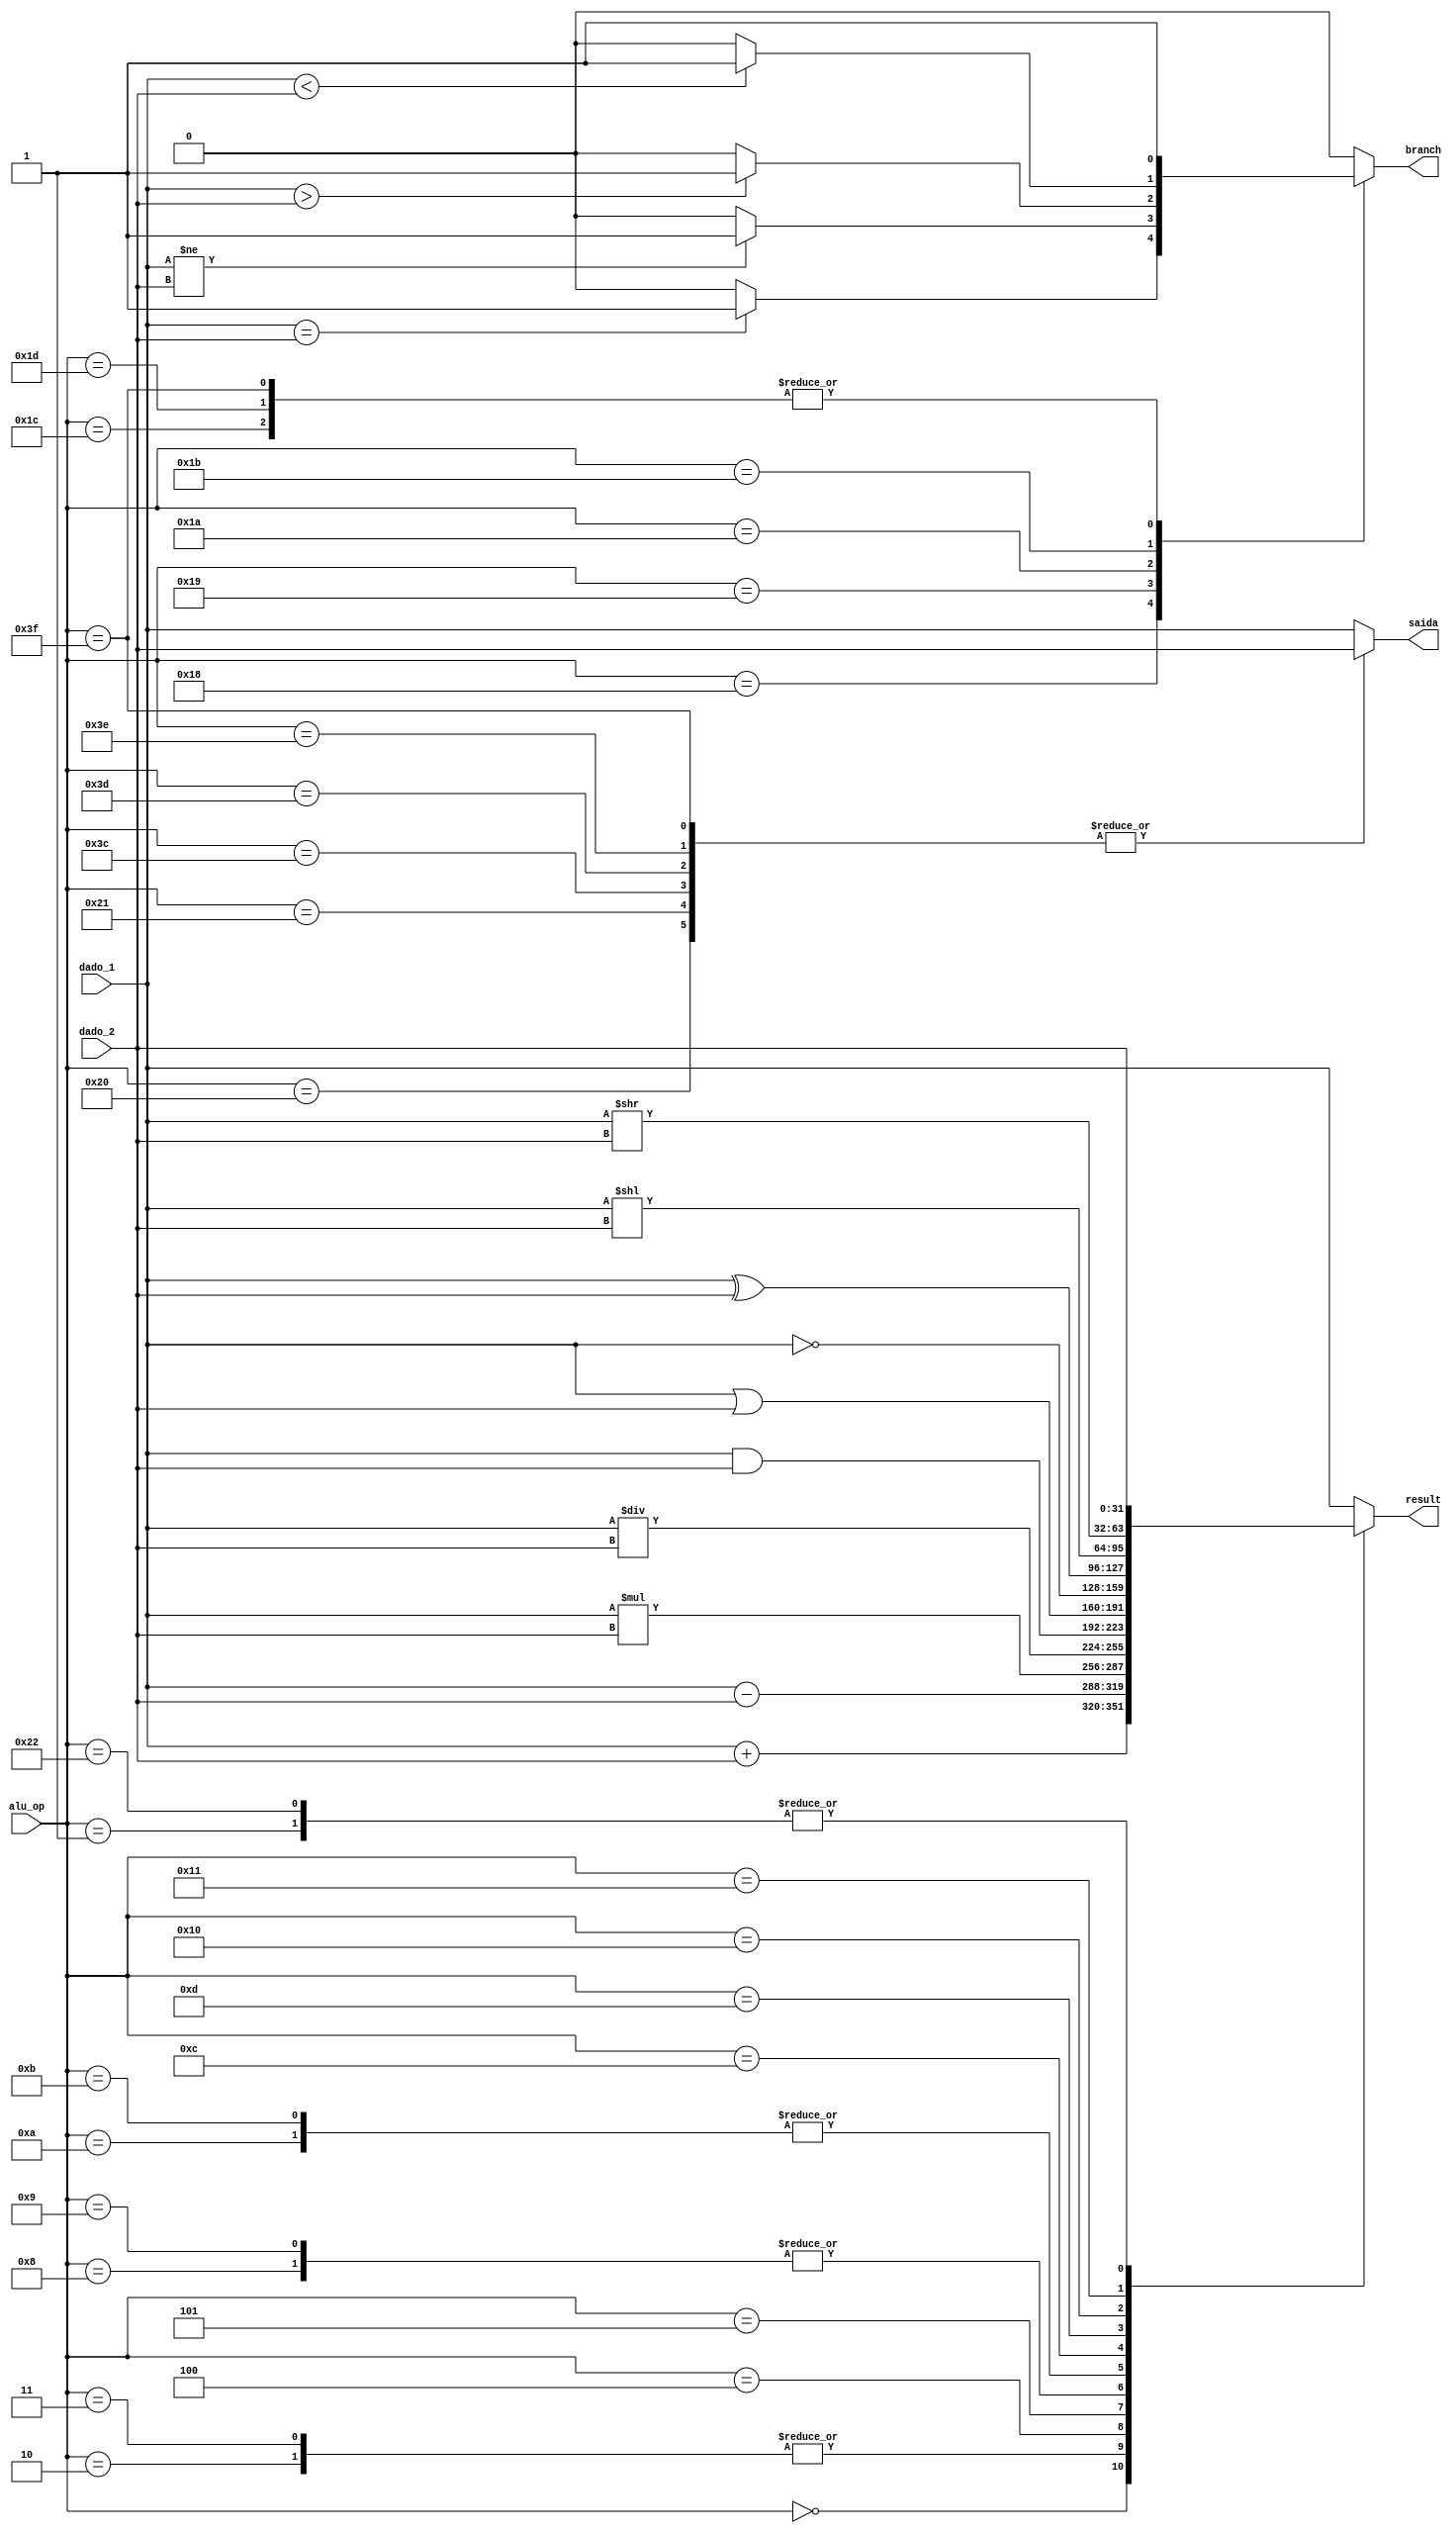
module ula(
dado_1,
dado_2,
result,
saida,
branch,
alu_op
);

input [31:0] dado_1;
input [31:0] dado_2;
input [5:0] alu_op;

output reg [31:0] result;
output reg [31:0] saida;
output reg branch;

always @ (*) begin
		case (alu_op[5:0])
			
			// Aritmetica
			6'b000000: begin result = dado_1 + dado_2; branch = 1'b0; saida = dado_1; end // soma com 2 regs
			6'b000001: begin result = dado_2; branch = 1'b0; saida = dado_1; end // soma de imediato com um reg
			6'b000010: begin result = dado_1 - dado_2; branch = 1'b0; saida = dado_1; end // subtrai com 2 regs
			6'b000011: begin result = dado_1 - dado_2; branch = 1'b0; saida = dado_1; end // subtrai um imediato com um reg
			6'b000100: begin result = dado_1 * dado_2; branch = 1'b0; saida = dado_1; end //multiplicacao
			6'b000101: begin result = dado_1 / dado_2; branch = 1'b0; saida = dado_1; end //divisao
			
			//logica
			6'b001000: begin result = dado_1 & dado_2; branch = 1'b0; saida = dado_1; end // AND
			6'b001001: begin result = dado_1 & dado_2; branch = 1'b0; saida = dado_1; end // ANDI
			6'b001010: begin result = dado_1 | dado_2; branch = 1'b0; saida = dado_1; end // OR
			6'b001011: begin result = dado_1 | dado_2; branch = 1'b0; saida = dado_1; end // ORI
			6'b001100: begin result = ~dado_1; branch = 1'b0; saida = dado_1; end // NOT
			6'b001101: begin result = dado_1 ^ dado_2; branch = 1'b0; saida = dado_1; end // XOR
			
			//deslocamento
			6'b010000: begin result = dado_1 << dado_2; branch = 1'b0; saida = dado_1; end // SLL
			6'b010001: begin result = dado_1 >> dado_2; branch = 1'b0; saida = dado_1; end // SRL
			6'b100010: begin result = dado_2;branch = 1'b0; saida = dado_1; end //MOV
			
			//lw e store
			
			6'b100000: begin
				result = dado_1;
				saida = dado_2;
				branch = 1'b0;
			end
			
			6'b100001: begin
				result = dado_1;
				saida = dado_2;
				branch = 1'b0;
			end
			
			//hdin e hdout
			6'b111100: begin
				result = dado_1;
				saida = dado_2;
				branch = 1'b0;
			end
			
			6'b111101: begin
				result = dado_1;
				saida = dado_2;
				branch = 1'b0;
			end
			//hdins
			6'b111110: begin
				result = dado_1;
				saida = dado_2;
				branch = 1'b0;
			end
			
			//ALTERCONTEXT
			6'b111111: begin
				result = dado_1;
				saida = dado_2;
				branch = 1'b1;
			end
			
			
			
			//branch
			6'b011000: begin
				result = dado_1;
				saida = dado_1;
				if (dado_1 == dado_2) branch = 1'b1;
				
				else branch = 1'b0;
			
			end
			
			
			6'b011001: begin 
			result = dado_1;
			saida = dado_1;
			if (dado_1 != dado_2) branch = 1'b1;
			else branch = 1'b0;
			
			end
			
			6'b011010: begin
			result = dado_1;
			saida = dado_1;
			if (dado_1 > dado_2) branch = 1'b1;
			else branch = 1'b0;
			
			end
			
			6'b011011: begin
			result = dado_1;
			saida = dado_1;
			if (dado_1 < dado_2) branch = 1'b1;
			else branch = 1'b0;
			
			end
			
			6'b011100: begin
			result = dado_1;
			branch = 1'b1;
			saida = dado_1;
			end
			
			6'b011101: begin
				branch = 1'b1;
				result = dado_1;
				saida = dado_1;
			end
			
			default: begin
				result = dado_1;
				branch = 1'b0;
				saida = dado_1;
			end
		endcase
		
	end
	


endmodule